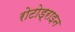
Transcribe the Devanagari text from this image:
रोटोड्राइन